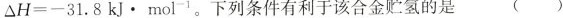
$$Δ H = - 3 1 . 8 k J \cdot m o l ^ { - 1 }$$。下列条件有利于该合金贮氢的是 ( )